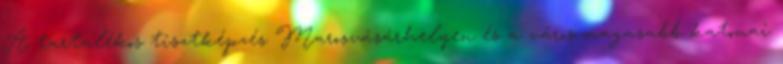
A tartalékos tisztképzés Marosvásárhelyen és a város magasabb katonai